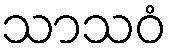
သာသဝံ